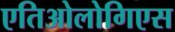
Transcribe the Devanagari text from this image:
एतिओलोगिएस